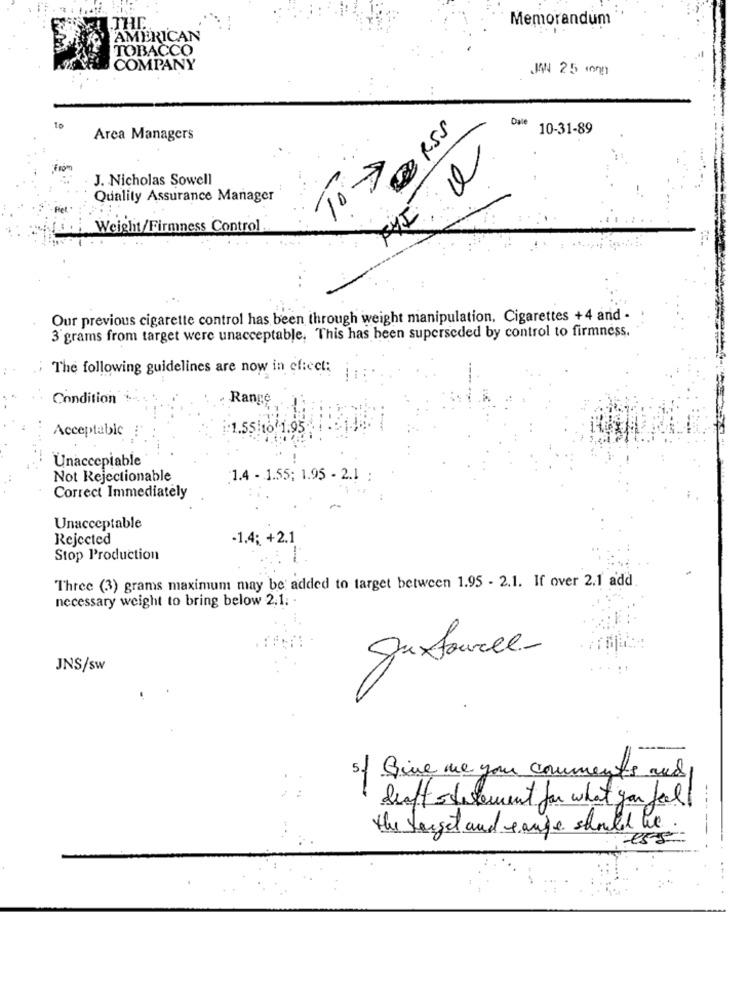
Memorandum
.THE.
AMERICAN
TOBACCO
COMPANY
JAN 25 m
Dale
10-31-89
Arca Managers
Tion
J. Nicholas Sowell
Ti-7
Quality Assurance Manager
Weight/Firmness Control
Our previous cigarette control has been through weight manipulation. Cigarettes +4 and -
3 grams from target were unacceptable, This has been superseded by control to firmness.
The following guidelines are now in effect:
Condition
Range
Acceptabic
1.55
Unacceptable
Not Rejectionable
1.4 - 1.55; 1.95 - 2.1 :
Correct Immediately
Unacceptable
Rejected
-1.4; +2.1
Stop Production
Three (3) grams maximum may be added to target between 1.95 - 2.1. If over 2.1 add
necessary weight to bring below 2.1; .
JNS/sw
5. Give me your comments and
deaft statement for what you fall
the target and range should be
-e55